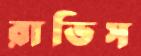
রাভিস